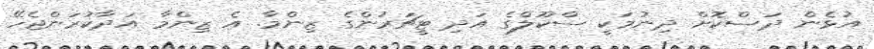
އުޅެން ދަސްކޮށް ދިނުމަކީ ސްކޫލްގެ އަދި ޓީޗަރުންގެ ޒިންމާ. އެ ޒިންމާ އަދާކުރަންޖެހޭ